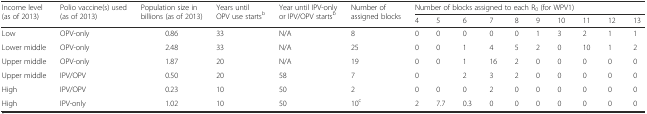
<table><thead><tr><td rowspan="2"><b>Income level (as of 2013)</b></td><td rowspan="2"><b>Polio vaccine(s) used (as of 2013)</b></td><td rowspan="2"><b>Population size in billions (as of 2013)</b></td><td rowspan="2"><b>Years until OPV use starts<sup>b</sup></b></td><td rowspan="2"><b>Year until IPV-only or IPV/OPV starts<sup>b</sup></b></td><td rowspan="2"><b>Number of assigned blocks</b></td><td colspan="10"><b>Number of blocks assigned to each R<sub>0</sub> (for WPV1)</b></td></tr><tr><td><b>4</b></td><td><b>5</b></td><td><b>6</b></td><td><b>7</b></td><td><b>8</b></td><td><b>9</b></td><td><b>10</b></td><td><b>11</b></td><td><b>12</b></td><td><b>13</b></td></tr></thead><tbody><tr><td>Low</td><td>OPV-only</td><td>0.86</td><td>33</td><td>N/A</td><td>8</td><td>0</td><td>0</td><td>0</td><td>0</td><td>0</td><td>1</td><td>3</td><td>2</td><td>1</td><td>1</td></tr><tr><td>Lower middle</td><td>OPV-only</td><td>2.48</td><td>33</td><td>N/A</td><td>25</td><td>0</td><td>0</td><td>1</td><td>4</td><td>5</td><td>2</td><td>0</td><td>10</td><td>1</td><td>2</td></tr><tr><td>Upper middle</td><td>OPV-only</td><td>1.87</td><td>20</td><td>N/A</td><td>19</td><td>0</td><td>0</td><td>1</td><td>16</td><td>2</td><td>0</td><td>0</td><td>0</td><td>0</td><td>0</td></tr><tr><td>Upper middle</td><td>IPV/OPV</td><td>0.50</td><td>20</td><td>58</td><td>7</td><td>0</td><td></td><td>2</td><td>3</td><td>2</td><td>0</td><td>0</td><td>0</td><td>0</td><td>0</td></tr><tr><td>High</td><td>IPV/OPV</td><td>0.23</td><td>10</td><td>50</td><td>2</td><td>0</td><td>0</td><td>0</td><td>2</td><td>0</td><td>0</td><td>0</td><td>0</td><td>0</td><td>0</td></tr><tr><td>High</td><td>IPV-only</td><td>1.02</td><td>10</td><td>50</td><td>10<sup>c</sup></td><td>2</td><td>7.7</td><td>0.3</td><td>0</td><td>0</td><td>0</td><td>0</td><td>0</td><td>0</td><td>0</td></tr></tbody></table>